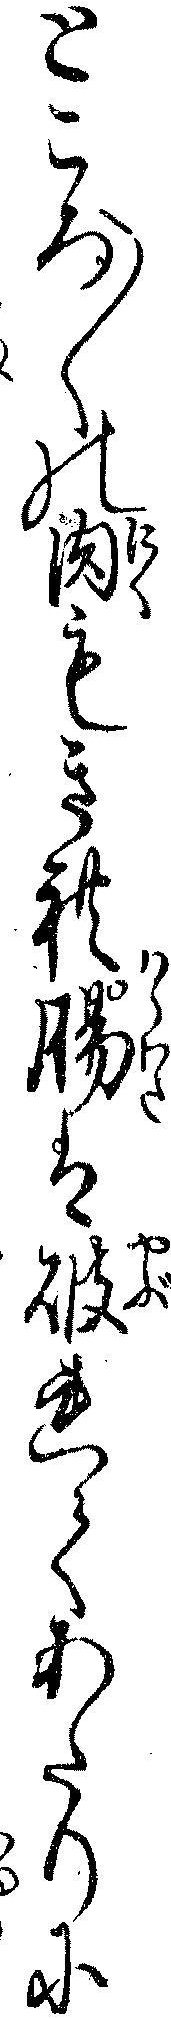
ところ〱の肉もきれ腸は破れてあたりに